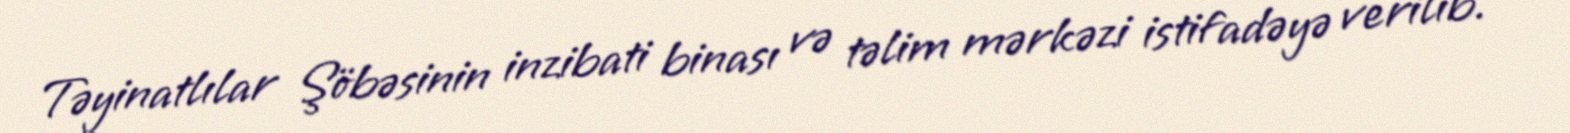
Təyinatlılar Şöbəsinin inzibati binası və təlim mərkəzi istifadəyə verilib.